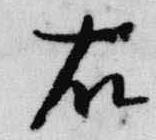
右